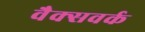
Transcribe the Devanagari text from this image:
वैक्सवर्क